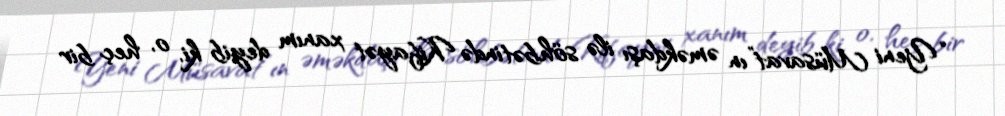
“Yeni Müsavat”ın əməkdaşı ilə söhbətində Kifayət xanım deyib ki, o, heç bir